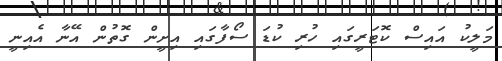
މަލީކު އައިސް ކޮޓަރީގައި ހުރި ކުޑަ ސޯފާގައި އިށީން ގޮތުން އޭނާ އެއިނީ